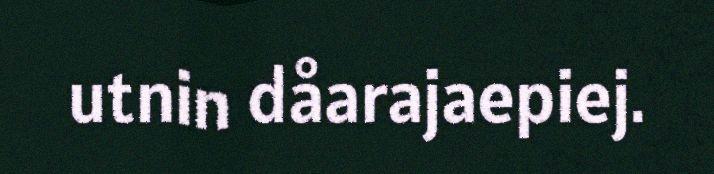
utnin dåarajaepiej.